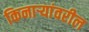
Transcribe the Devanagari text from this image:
किनार्‍यांवरील